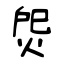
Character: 焈